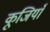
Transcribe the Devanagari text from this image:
कूजियाँ